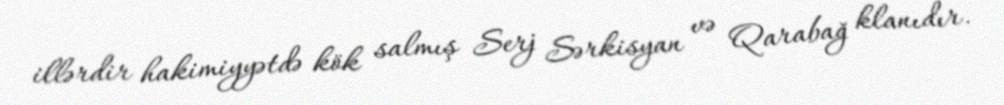
illərdir hakimiyyətdə kök salmış Serj Sərkisyan və Qarabağ klanıdır.